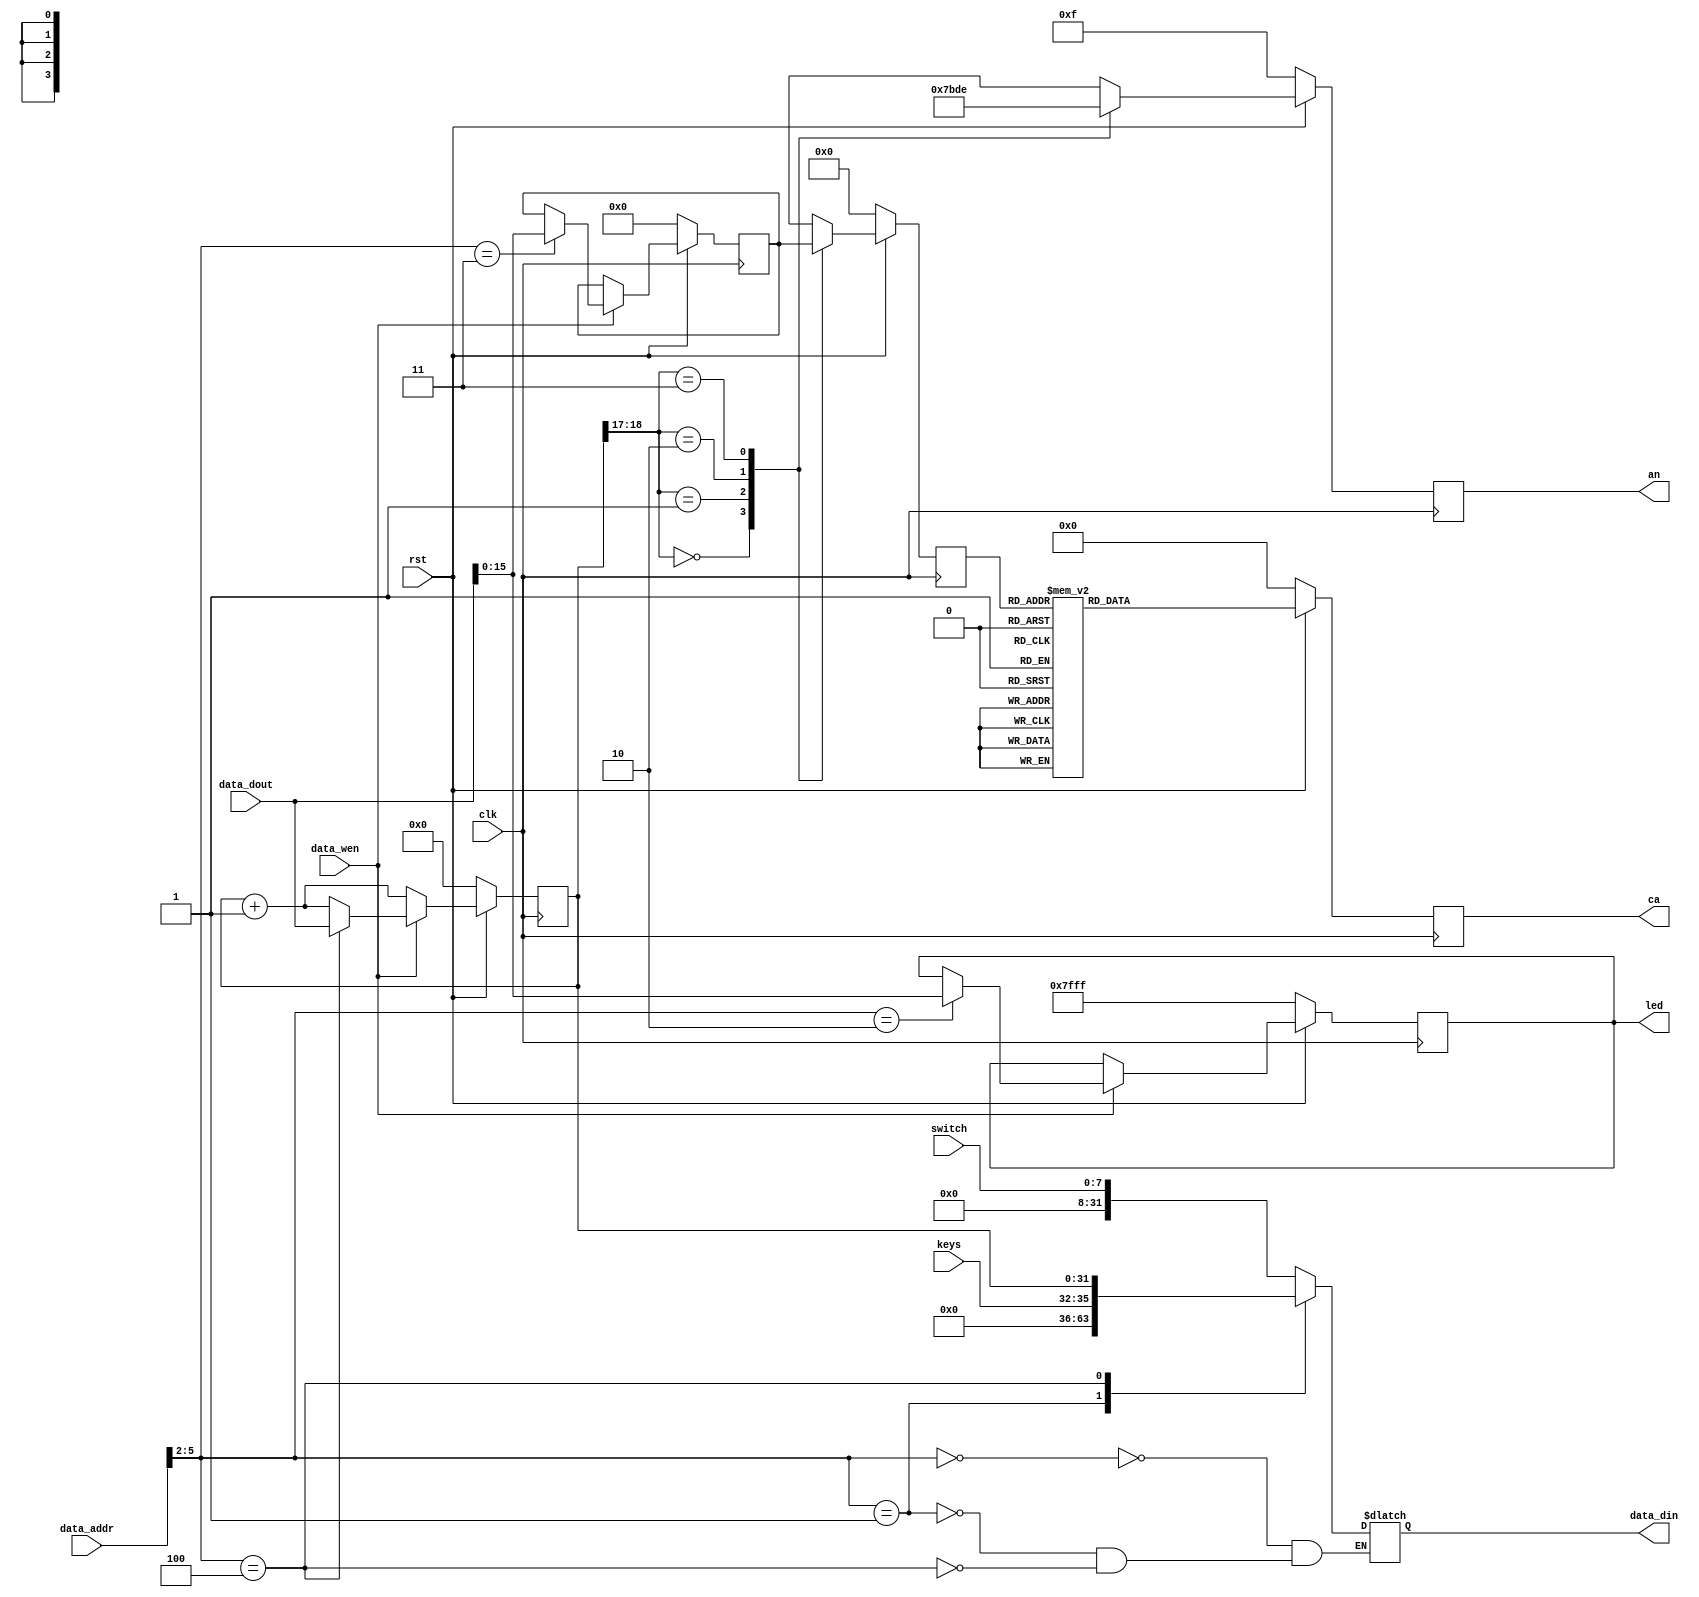
module confreg
(
    input  wire         clk,
    input  wire         rst,
    input  wire         data_wen,
    input  wire [31: 0] data_addr,
    input  wire [31: 0] data_dout,
    output reg  [31: 0] data_din,
    input  wire [ 7: 0] switch,
    input  wire [ 3: 0] keys,
    output reg  [15: 0] led,
    output reg  [ 7: 0] ca,
    output reg  [ 3: 0] an
);

    reg [31:0] timer;
    reg [15:0] num;
    

    always @(*) begin
        case (data_addr[5:2])
            4'h0: data_din <= {24'b0, switch}; //addr=0,switch
            4'h1: data_din <= {28'b0, keys}; //addr=4 keys
            //4'h2: data_din <= {16'b0, led}; //addr=8 led  xxx not a input signal
            //4'h3: data_din <= {16'b0, num}; //addr=12 num  xxx not a input signal
            4'h4: data_din <= timer;  // addr= 16 addr =timer 
        endcase
    end
    
    
    always @(posedge clk) begin
        if(~rst) begin
            led   <= 15'b11111111111111111;
            num   <= 15'b0;
            timer <= 15'b0;
        end
        else begin
            // 计数器
            timer <= timer + 32'd1;
            if(data_wen) begin
                case (data_addr[5:2])
                    4'h2: led   <= data_dout[15:0];  //wirte ; addr=8 led
                    4'h3: num   <= data_dout[15:0]; // write : addr=12 num
                    4'h4: timer <= data_dout;  // write: addr=16 timer
                endcase
            end
        end
    end

    // Num scanning
    reg [3:0] scan;
    always @ (posedge clk) begin
        if (~rst) begin
            scan <= 4'd0;  
            an   <= 4'b1111;
        end
        else begin
            case(timer[18:17])
                2'b00 : scan <= num[15:12];
                2'b01 : scan <= num[11: 8];
                2'b10 : scan <= num[7 : 4];
                2'b11 : scan <= num[3 : 0];
            endcase

            case(timer[18:17])
                2'b00 : an <= 4'b0111;
                2'b01 : an <= 4'b1011;
                2'b10 : an <= 4'b1101;
                2'b11 : an <= 4'b1110;
            endcase
        end
    end

    always @(posedge clk) begin
        if (~rst) begin
            ca <= 8'b00;
        end
        else begin
            case (scan)
                4'd0 : ca <= 8'b11111100;   //0
                4'd1 : ca <= 8'b01100000;   //1
                4'd2 : ca <= 8'b11011010;   //2
                4'd3 : ca <= 8'b11110010;   //3
                4'd4 : ca <= 8'b01100110;   //4
                4'd5 : ca <= 8'b10110110;   //5
                4'd6 : ca <= 8'b10111110;   //6
                4'd7 : ca <= 8'b11100000;   //7
                4'd8 : ca <= 8'b11111110;   //8
                4'd9 : ca <= 8'b11110110;   //9
                4'd10: ca <= 8'b11101110;   //a
                4'd11: ca <= 8'b00111110;   //b
                4'd12: ca <= 8'b10011100;   //c
                4'd13: ca <= 8'b01111010;   //d
                4'd14: ca <= 8'b10011110;   //e
                4'd15: ca <= 8'b10001110;   //f
            endcase
        end
    end

endmodule